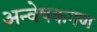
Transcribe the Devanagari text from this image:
अन्वेषकगण